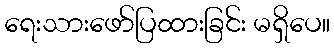
ရေးသားဖော်ပြထားခြင်း မရှိပေ။